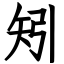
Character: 矧